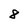
Character: 8